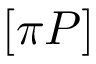
\left[ \pi P \right]